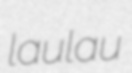
laulau